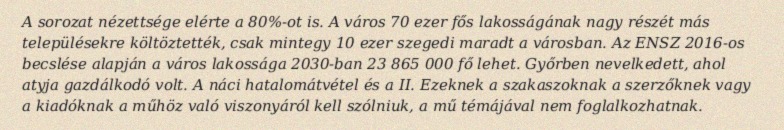
A sorozat nézettsége elérte a 80%-ot is. A város 70 ezer fős lakosságának nagy részét más településekre költöztették, csak mintegy 10 ezer szegedi maradt a városban. Az ENSZ 2016-os becslése alapján a város lakossága 2030-ban 23 865 000 fő lehet. Győrben nevelkedett, ahol atyja gazdálkodó volt. A náci hatalomátvétel és a II. Ezeknek a szakaszoknak a szerzőknek vagy a kiadóknak a műhöz való viszonyáról kell szólniuk, a mű témájával nem foglalkozhatnak.